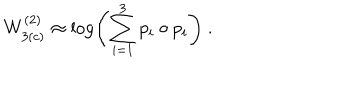
W _ { 3 ( c ) } ^ { ( 2 ) } \approx \log \left( \sum _ { i = 1 } ^ { 3 } p _ { i } \circ p _ { i } \right) ~ .